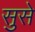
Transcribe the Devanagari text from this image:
सुसे